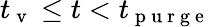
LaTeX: t_{\mathrm{~v~}}\leq t<t_{\mathrm{~p~u~r~g~e~}}